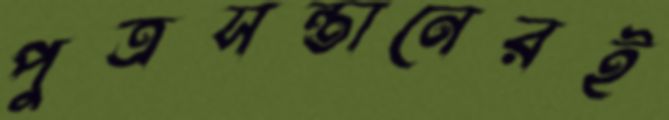
পুত্রসন্তানেরই